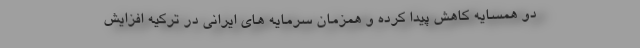
دو همسایه کاهش پیدا کرده و همزمان سرمایه های ایرانی در ترکیه افزایش